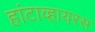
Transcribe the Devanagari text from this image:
हांटाव्हायरस